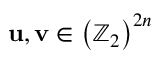
\mathbf { u , v } \in \left( \mathbb { Z } _ { 2 } \right) ^ { 2 n }